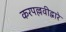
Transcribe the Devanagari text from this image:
करपल्लवीद्वारे